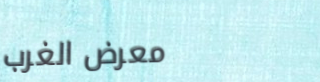
معرض الغرب